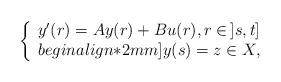
LaTeX: \begin{align*} \left\{\begin{array}{l}y'(r)=Ay(r)+Bu(r), r\in \, ]s,t] \\begin{align*}2mm]y(s) = z \in X,\end{array}\right.\end{align*}